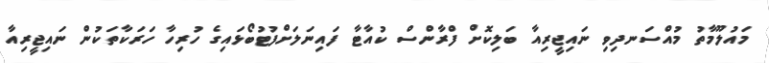
މައުލޫމާތު މުއްސަނދިވި ނައިޖީރިއާ ބަލިކޮށް ފްރާންސް ކުއާޓާ ފައިނަލަށްފުޓުބޯޅައިގެ ހުރިހާ ހަރަކާތަކުން ނައިޖީރިއާ